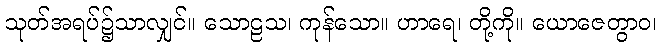
သုတ်အရပ်၌သာလျှင်။ သောဠသ၊ ကုန်သော။ ဟာရေ၊ တို့ကို။ ယောဇေတွာဝ၊